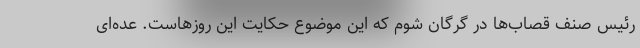
رئیس صنف قصاب‌ها در گرگان شوم که این موضوع حکایت این روزهاست. عده‌ای